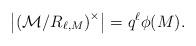
LaTeX: \begin{align*}\left| \left(\mathcal{M} / R_{\ell,M}\right)^{\times} \right| = q^{\ell} \phi(M).\end{align*}